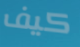
كيف